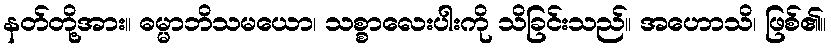
နတ်တို့အား။ ဓမ္မာဘိသမယော၊ သစ္စာလေးပါးကို သိခြင်းသည်။ အဟောသိ၊ ဖြစ်၏။